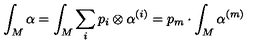
\int _ { M } \alpha = \int _ { M } \sum _ { i } p _ { i } \otimes \alpha ^ { ( i ) } = p _ { m } \cdot \int _ { M } \alpha ^ { ( m ) }